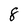
Character: 8